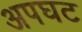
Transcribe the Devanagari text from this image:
अपघट